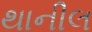
થાનીલ